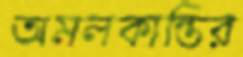
অমলকান্তির